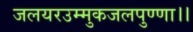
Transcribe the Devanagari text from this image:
जलयरउम्मुकजलपुण्णा।।